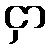
ငှာ